Annual statistical returns and brief notes on vaccination in Bengal - 1909-1929
Year: 1909
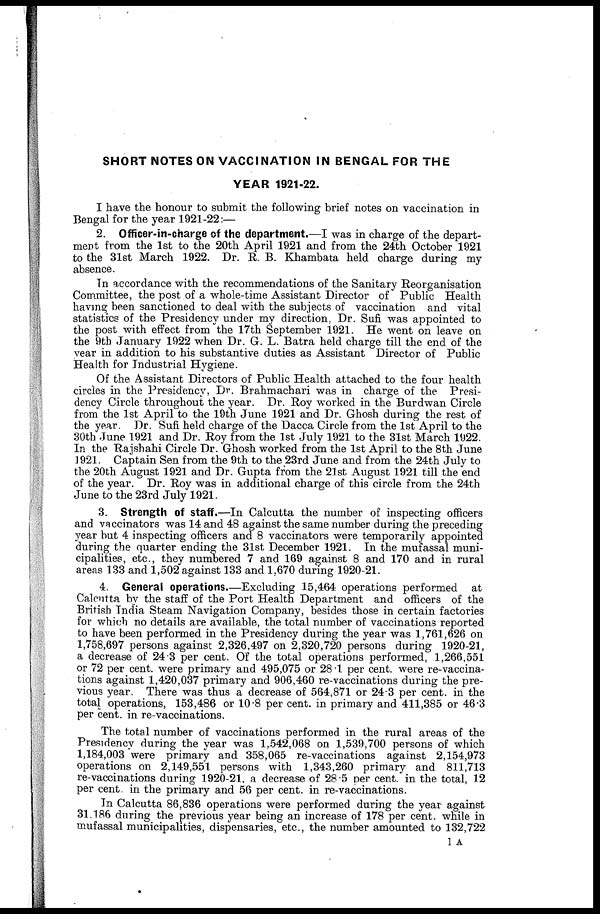
SHORT NOTES ON VACCINATION IN BENGAL FOR THE
YEAR 1921-22.
I have the honour to submit the following brief notes on vaccination in
Bengal for the year 1921-22:—
2. Officer-in-charge of the department.—I was in charge of the depart-
ment from the 1st to the 20th April 1921 and from the 24th October 1921
to the 31st March 1922. Dr. R. B. Khambata held charge during my
absence.
In accordance with the recommendations of the Sanitary Reorganisation
Committee, the post of a whole-time Assistant Director of Public Health
having been sanctioned to deal with the subjects of vaccination and vital
statistics of the Presidency under my direction, Dr. Sufi was appointed to
the post with effect from the 17th September 1921. He went on leave on
the 9tb January 1922 when Dr. G. L. Batra held charge till the end of the
year in addition to his substantive duties as Assistant Director of Public
Health for Industrial Hygiene.
Of the Assistant Directors of Public Health attached to the four health
circles in the Presidency, Dr. Brahmachari was in charge of the Presi-
dency Circle throughout the year. Dr. Roy worked in the Burdwan Circle
from the 1st April to the 19th June 1921 and Dr. Ghosh during the rest of
the year. Dr. Sufi held charge of the Dacca Circle from the 1st April to the
30th June 1921 and Dr. Roy from the 1st July 1921 to the 31st March 1922.
In the Rajshahi Circle Dr. Ghosh worked from the 1st April to the 8th June
1921. Captain Sen from the 9th to the 23rd June and from the 24th July to
the 20th August 1921 and Dr. Gupta from the 21st August 1921 till the end
of the year. Dr. Roy was in additional charge of this circle from the 24th
June to the 23rd July 1921.
3. Strength of staff.—In Calcutta the number of inspecting officers
and vaccinators was 14 and 48 against the same number during the preceding
year but 4 inspecting officers and 8 vaccinators were temporarily appointed
during the quarter ending the 31st December 1921. In the mufassal muni-
cipalities, etc., they numbered 7 and 169 against 8 and 170 and in rural
areas 133 and 1,502 against 133 and 1,670 during 1920-21.
4. General operations.—Excluding 15,464 operations performed at
Calcutta by the staff of the Port Health Department and officers of the
British India Steam Navigation Company, besides those in certain factories
for which no details are available, the total number of vaccinations reported
to have been performed in the Presidency during the year was 1,761,626 on
1,758,697 persons against 2,326,497 on 2,320,720 persons during 1920-21,
a decrease of 24.3 per cent. Of the total operations performed, 1,266,551
or 72 per cent. were primary and 495,075 or 28.1 per cent. were re-vaccina-
tions against 1,420,037 primary and 906,460 re-vaccinations during the pre-
vious year. There was thus a decrease of 564,871 or 24.3 per cent. in the
total operations, 153,486 or 10.8 per cent. in primary and 411,385 or 46.3
per cent. in re-vaccinations.
The total number of vaccinations performed in the rural areas of the
Presidency during the year was 1,542,068 on 1,539,700 persons of which
1,184,003 were primary and 358,065 re-vaccinations against 2,154,973
operations on 2,149,551 persons with 1,343,260 primary and 811,713
re-vaccinations during 1920-21, a decrease of 28.5 per cent. in the total, 12
per cent. in the primary and 56 per cent. in re-vaccinations.
In Calcutta 86,836 operations were performed during the year against
31,186 during the previous year being an increase of 178 per cent. while in
mufassal municipalities, dispensaries, etc., the number amounted to 132,722
1 A